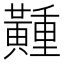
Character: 𪏘